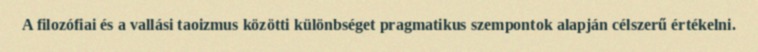
A filozófiai és a vallási taoizmus közötti különbséget pragmatikus szempontok alapján célszerű értékelni.